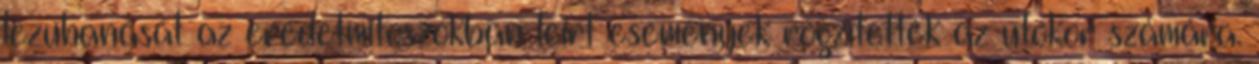
lezuhanását az eredetmítoszokban leírt események rögzítették az utókor számára.